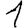
Digit: 1